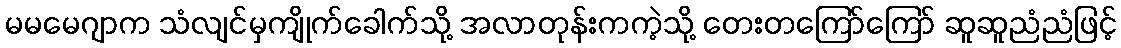
မမမေဂျာက သံလျင်မှကျိုက်ခေါက်သို့ အလာတုန်းကကဲ့သို့ တေးတကြော်ကြော် ဆူဆူညံညံဖြင့်